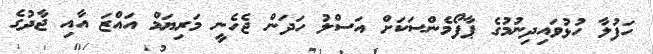
ހަފުލާ ހުޅުވައިދިނުމުގެ ޕާފޯމެންސަކަށް އަސްލު ހަދަން ޖެހެނީ މަރިޔަމް އައްޒަ އާއި ޖާދުގެ